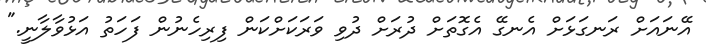
އޭނައަށް ރަނގަޅަށް އެނގޭ އެގޮތަށް ދުރަށް ދުވި ވަރަކަށްކަން ފިރިހެނުން ފަހަތު އަޅުވާލާނީ."